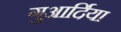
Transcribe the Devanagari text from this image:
गुआर्दिया